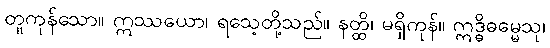
တူကုန်သော။ ဣဿယော၊ ရသေ့တို့သည်။ နတ္ထိ၊ မရှိကုန်။ ဣဒ္ဓိဓမ္မေသု၊